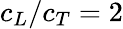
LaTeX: c_{L}/c_{T}=2